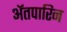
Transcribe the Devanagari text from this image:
अॅतपारिन